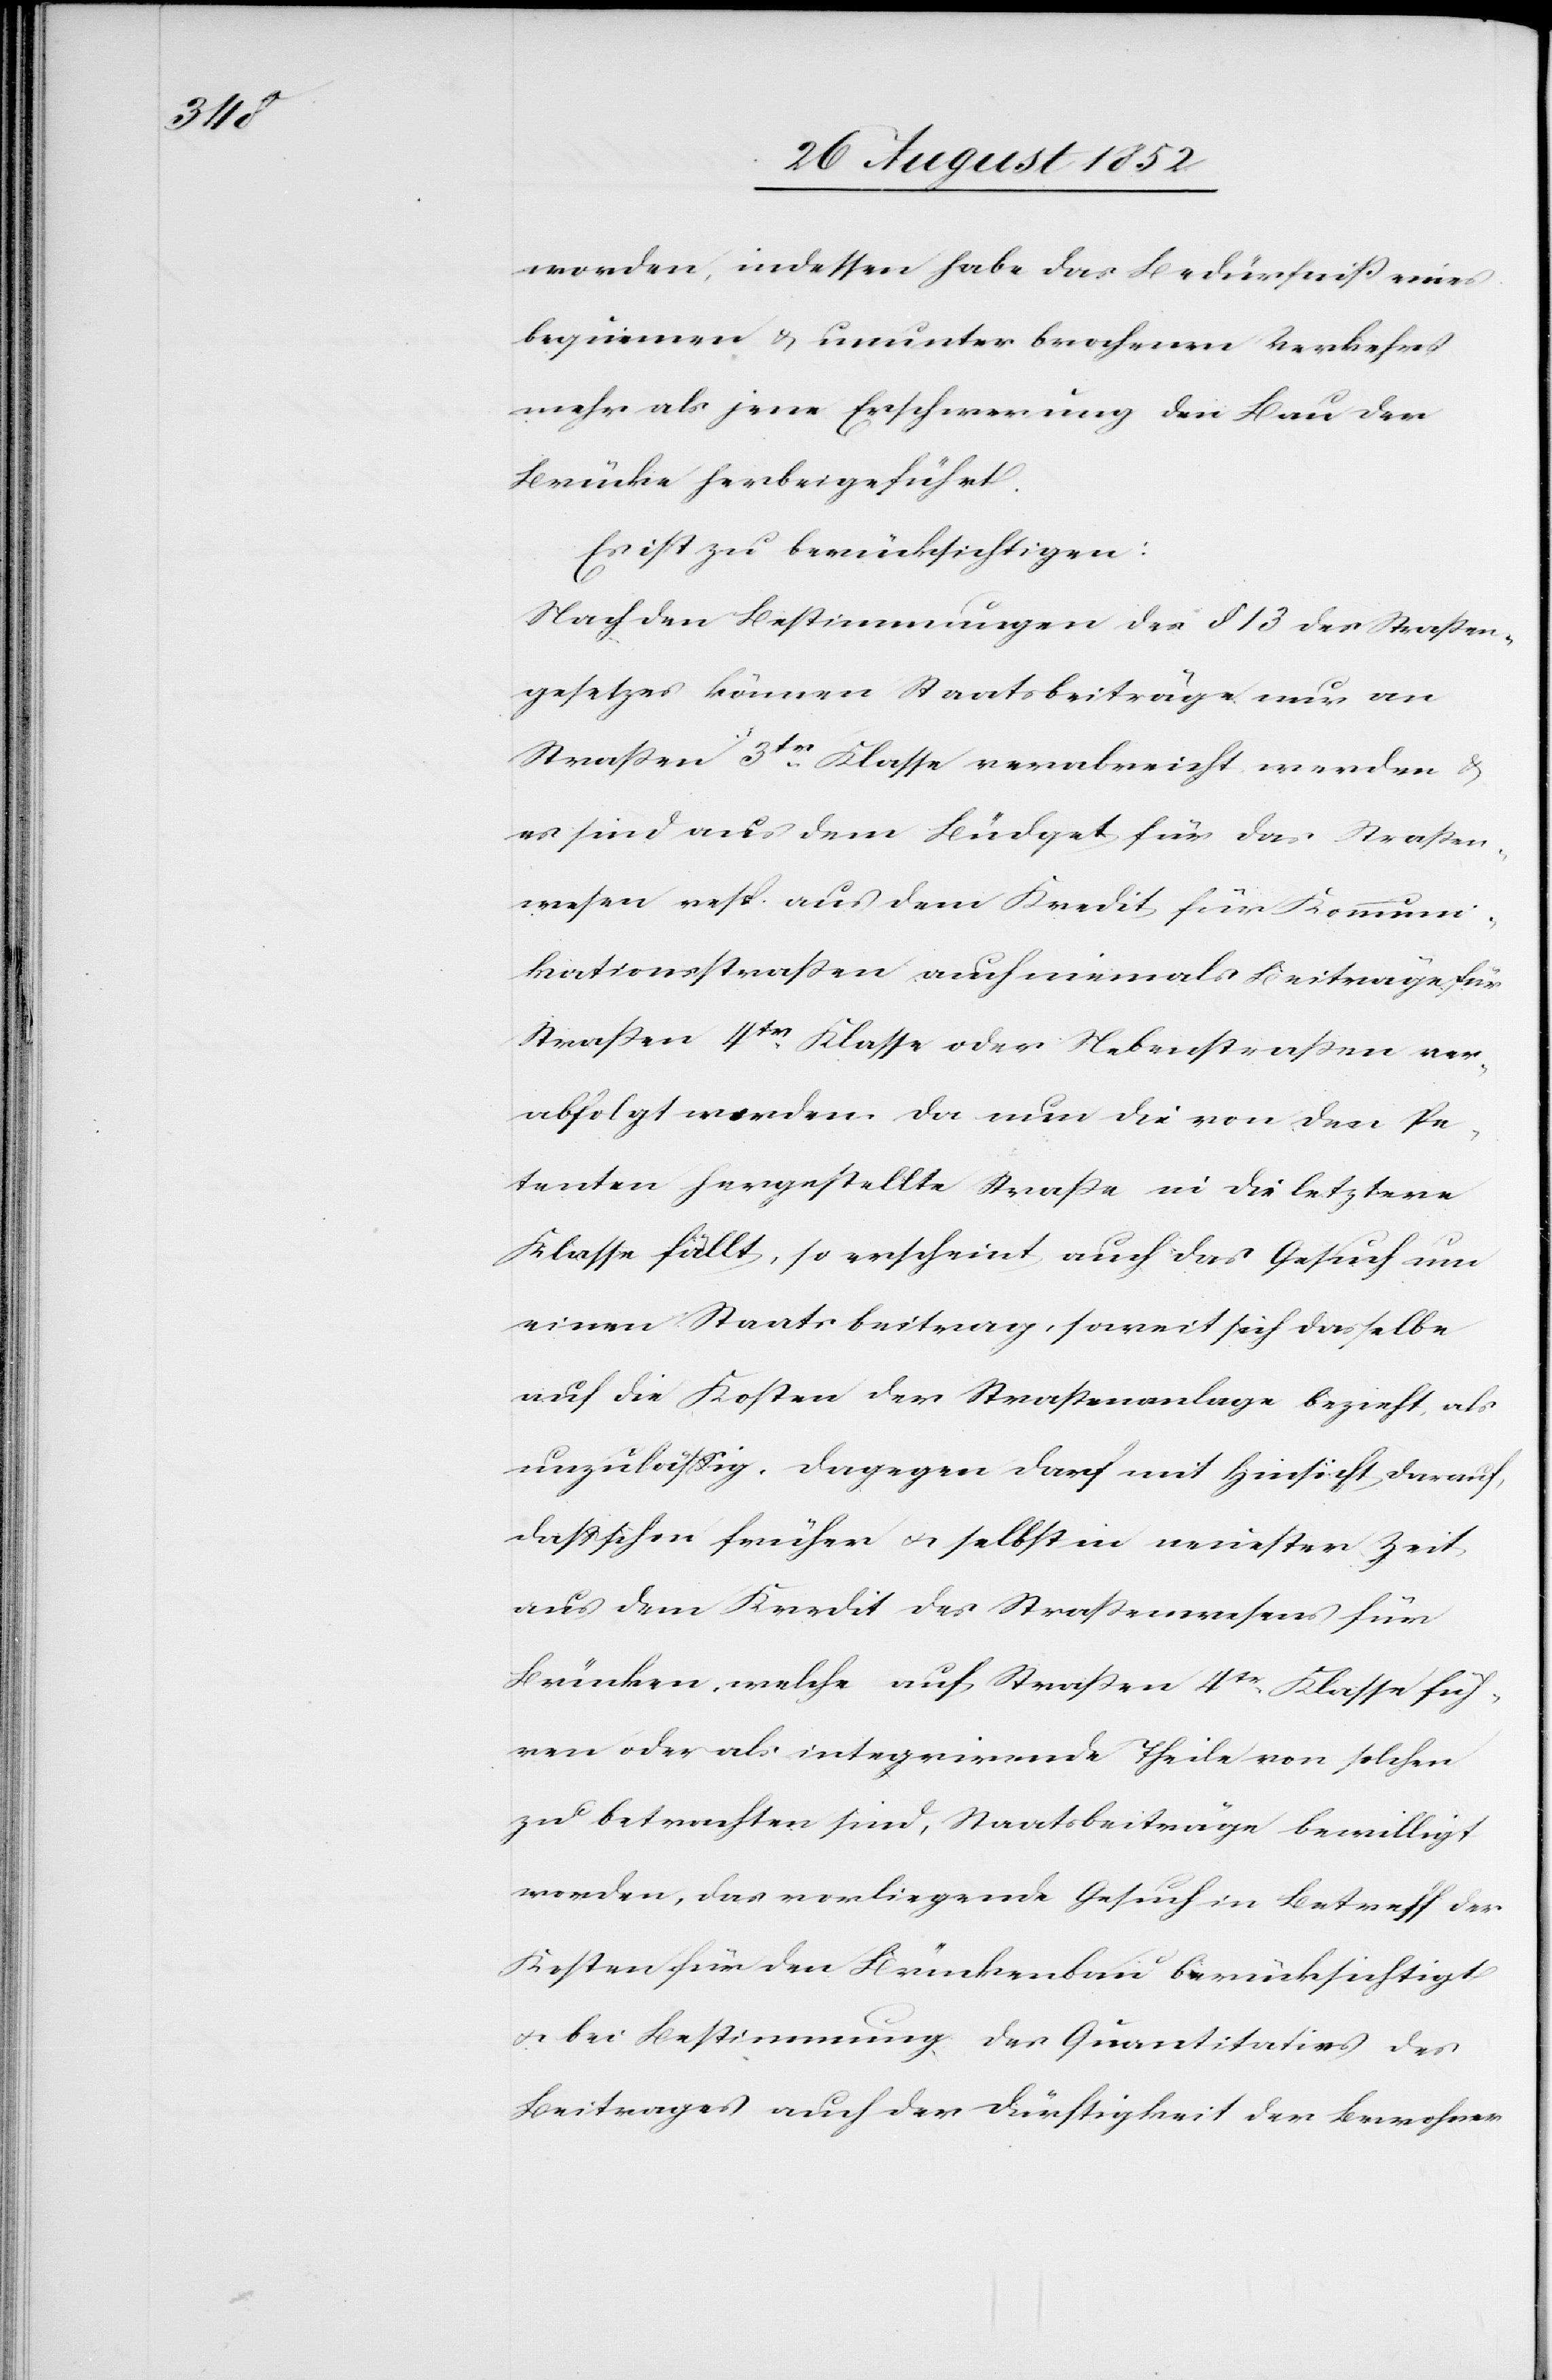
worden, indessen habe das Bedürfniß eines
bequemen & ununterbrochenen Verkehrs
mehr als jene Erschwerung den Bau der
Brücke herbeigeführt.
Es ist zu berücksichtigen:
Nach den Bestimmungen des § 13 des Straßen¬
gesetzes können Staatsbeiträge nur an
Straßen 3tr Klasse verabreicht werden &
es sind aus dem Büdget für das Straßen¬
wesen resp. aus dem Kredit für Kommuni¬
kationsstraßen auch niemals Beiträge für
Straßen 47tr Klasse oder Nebenstraßen ver¬
abfolgt worden. Da nun die von den Pe¬
tenten hergestellte Straße in die letztere
Klasse fällt, so erscheint auch das Gesuch um
einen Staatsbeitrag, soweit sich dasselbe
auf die Kosten der Straßenanlage bezieht, als
unzulässig. Dagegen darf mit Hinsicht darauf,
dass schon früher & selbst in neuester Zeit
aus dem Kredit des Straßenwesens für
Brücken, welche auf Straßen 4tr. Klasse füh¬
ren oder als integrirende Theile von solchen
zu betrachten sind, Staatsbeiträge bewilligt
worden, das vorliegende Gesuch in Betreff der
Kosten für den Brückenbau berücksichtigt
& bei Bestimmung des Quantitativs des
Beitrages auch der Dürftigkeit der Bewohner